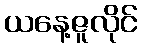
ယနေ့ဇူလိုင်